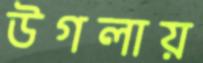
উগলায়